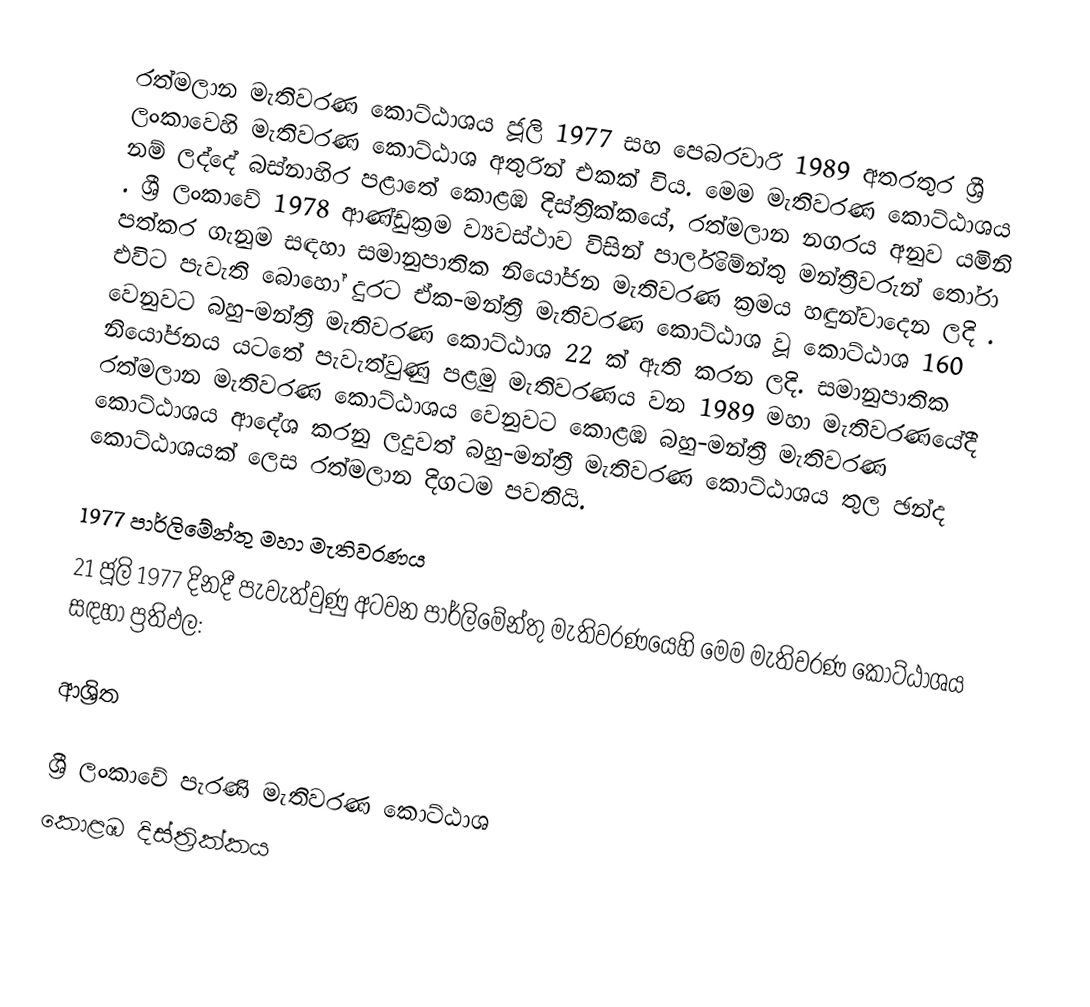
රත්මලාන මැතිවරණ කොට්ඨාශය ජූලි 1977 සහ පෙබරවාරි 1989 අතරතුර  ශ්‍රී ලංකාවෙහි  මැතිවරණ කොට්ඨාශ අතුරින් එකක් විය. මෙම මැතිවරණ කොට්ඨාශය නම් ලද්දේ  බස්නාහිර පළාතේ  කොළඹ  දිස්ත්‍රික්කයේ,  රත්මලාන   නගරය අනුව යමිනි . ශ්‍රී ලංකාවේ 1978 ආණ්ඩුක්‍රම ව්‍යවස්ථාව විසින්   පාර්ලිමේන්තු මන්ත්‍රීවරුන් තෝරා පත්කර ගැනුම සඳහා සමානුපාතික නියෝජන මැතිවරණ ක්‍රමය හඳුන්වාදෙන ලදි . එවිට පැවැති බොහෝ දුරට  ඒක-මන්ත්‍රී මැතිවරණ කොට්ඨාශ වූ කොට්ඨාශ 160 වෙනුවට බහු-මන්ත්‍රී මැතිවරණ කොට්ඨාශ 22 ක් ඇති කරන ලදි. සමානුපාතික නියෝජනය යටතේ පැවැත්වුණු  පළමු මැතිවරණය වන 1989 මහා මැතිවරණයේදී  රත්මලාන මැතිවරණ කොට්ඨාශය වෙනුවට  කොළඹ බහු-මන්ත්‍රී මැතිවරණ කොට්ඨාශය  ආදේශ කරනු ලදුවත් බහු-මන්ත්‍රී මැතිවරණ කොට්ඨාශය තුල ඡන්ද කොට්ඨාශයක් ලෙස රත්මලාන දිගටම පවතියි.

1977 පාර්ලිමේන්තු මහා මැතිවරණය
21 ජූලි 1977 දිනදී පැවැත්වුණු   අටවන පාර්ලිමේන්තු මැතිවරණයෙහි මෙම මැතිවරණ කොට්ඨාශය සඳහා ප්‍රතිඵල:

ආශ්‍රිත

ශ්‍රී ලංකාවේ පැරණි මැතිවරණ කොට්ඨාශ
 කොළඹ දිස්ත්‍රික්කය